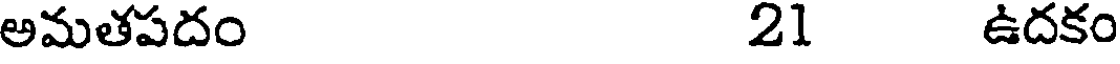
అమతపదం 21 ఉదకం